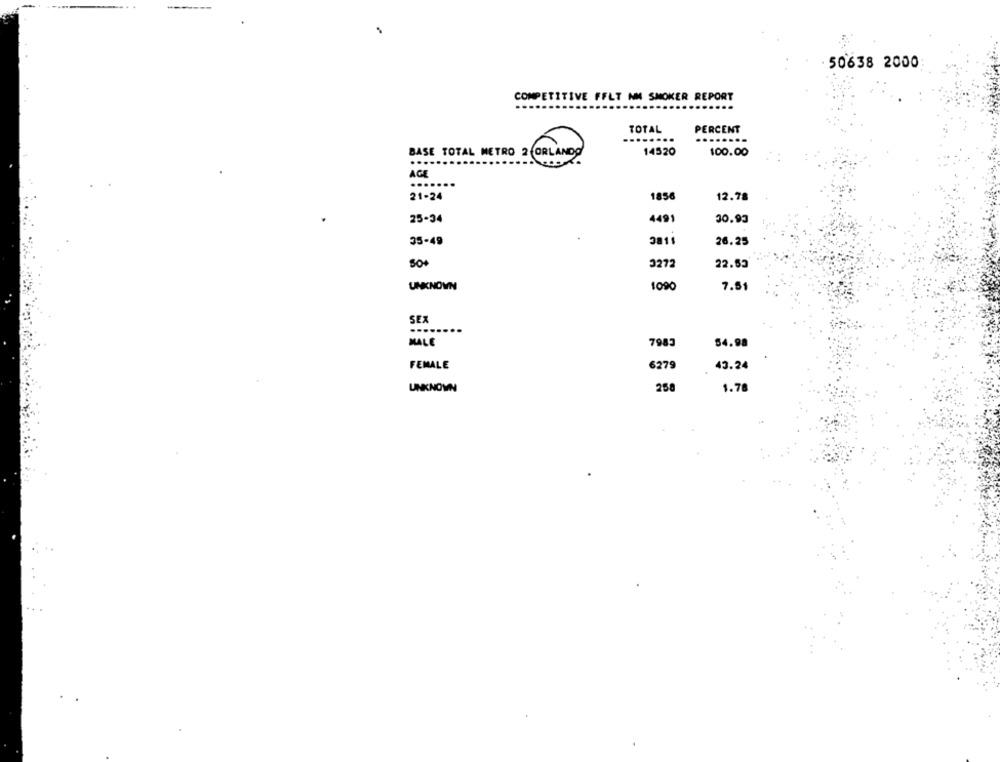
50638 2000
COMPETITIVE FFLT NM SMOKER REPORT
TOTAL
PERCENT
........
14520
100.00
BASE TOTAL METRO 2 ORLANDO
2.
AGE
.....
21-24
1856
12.78
25-34
4491
30.93
35-49
3811
26.25
50+
3272
22.55
UNKNOWN
1090
7.51
SEX
MALE
7983
54.98
FEMALE
6279
43.24
UNKNOWN
258
1.78